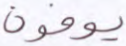
يوفون